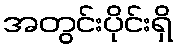
အတွင်းပိုင်းရှိ